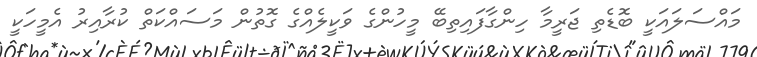
މައްސަލައަކީ ބޮޑެތި ޖަރީމާ ހިންގާފައިތިބޭ މީހުންގެ ވަކީލެއްގެ ގޮތުން މަސައްކަތް ކުރާއިރު އެމީހަކީ